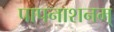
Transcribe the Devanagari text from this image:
पापनाशनम्